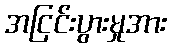
အငြင်းပွားမှုအား